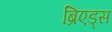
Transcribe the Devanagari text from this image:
ब्रिएड्स